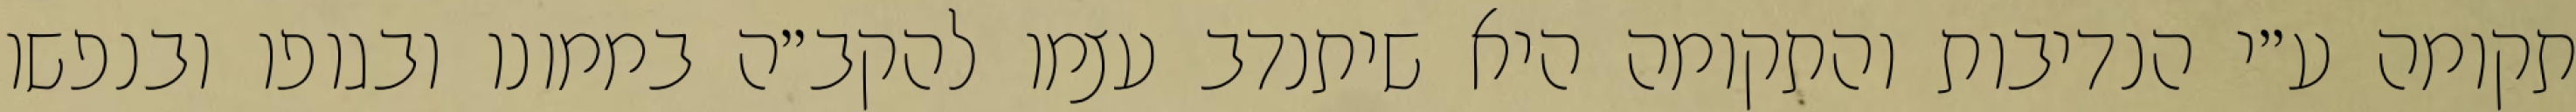
תקומה ע״י הנדיבות והתקומה היא שיתנדב עצמו להקב״ה בממונו ובגופו ובנפשו